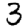
Digit: 3